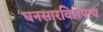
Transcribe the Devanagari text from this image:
घनसारविलेपाय